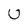
Character: U